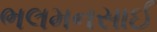
ભલમનસાઈ